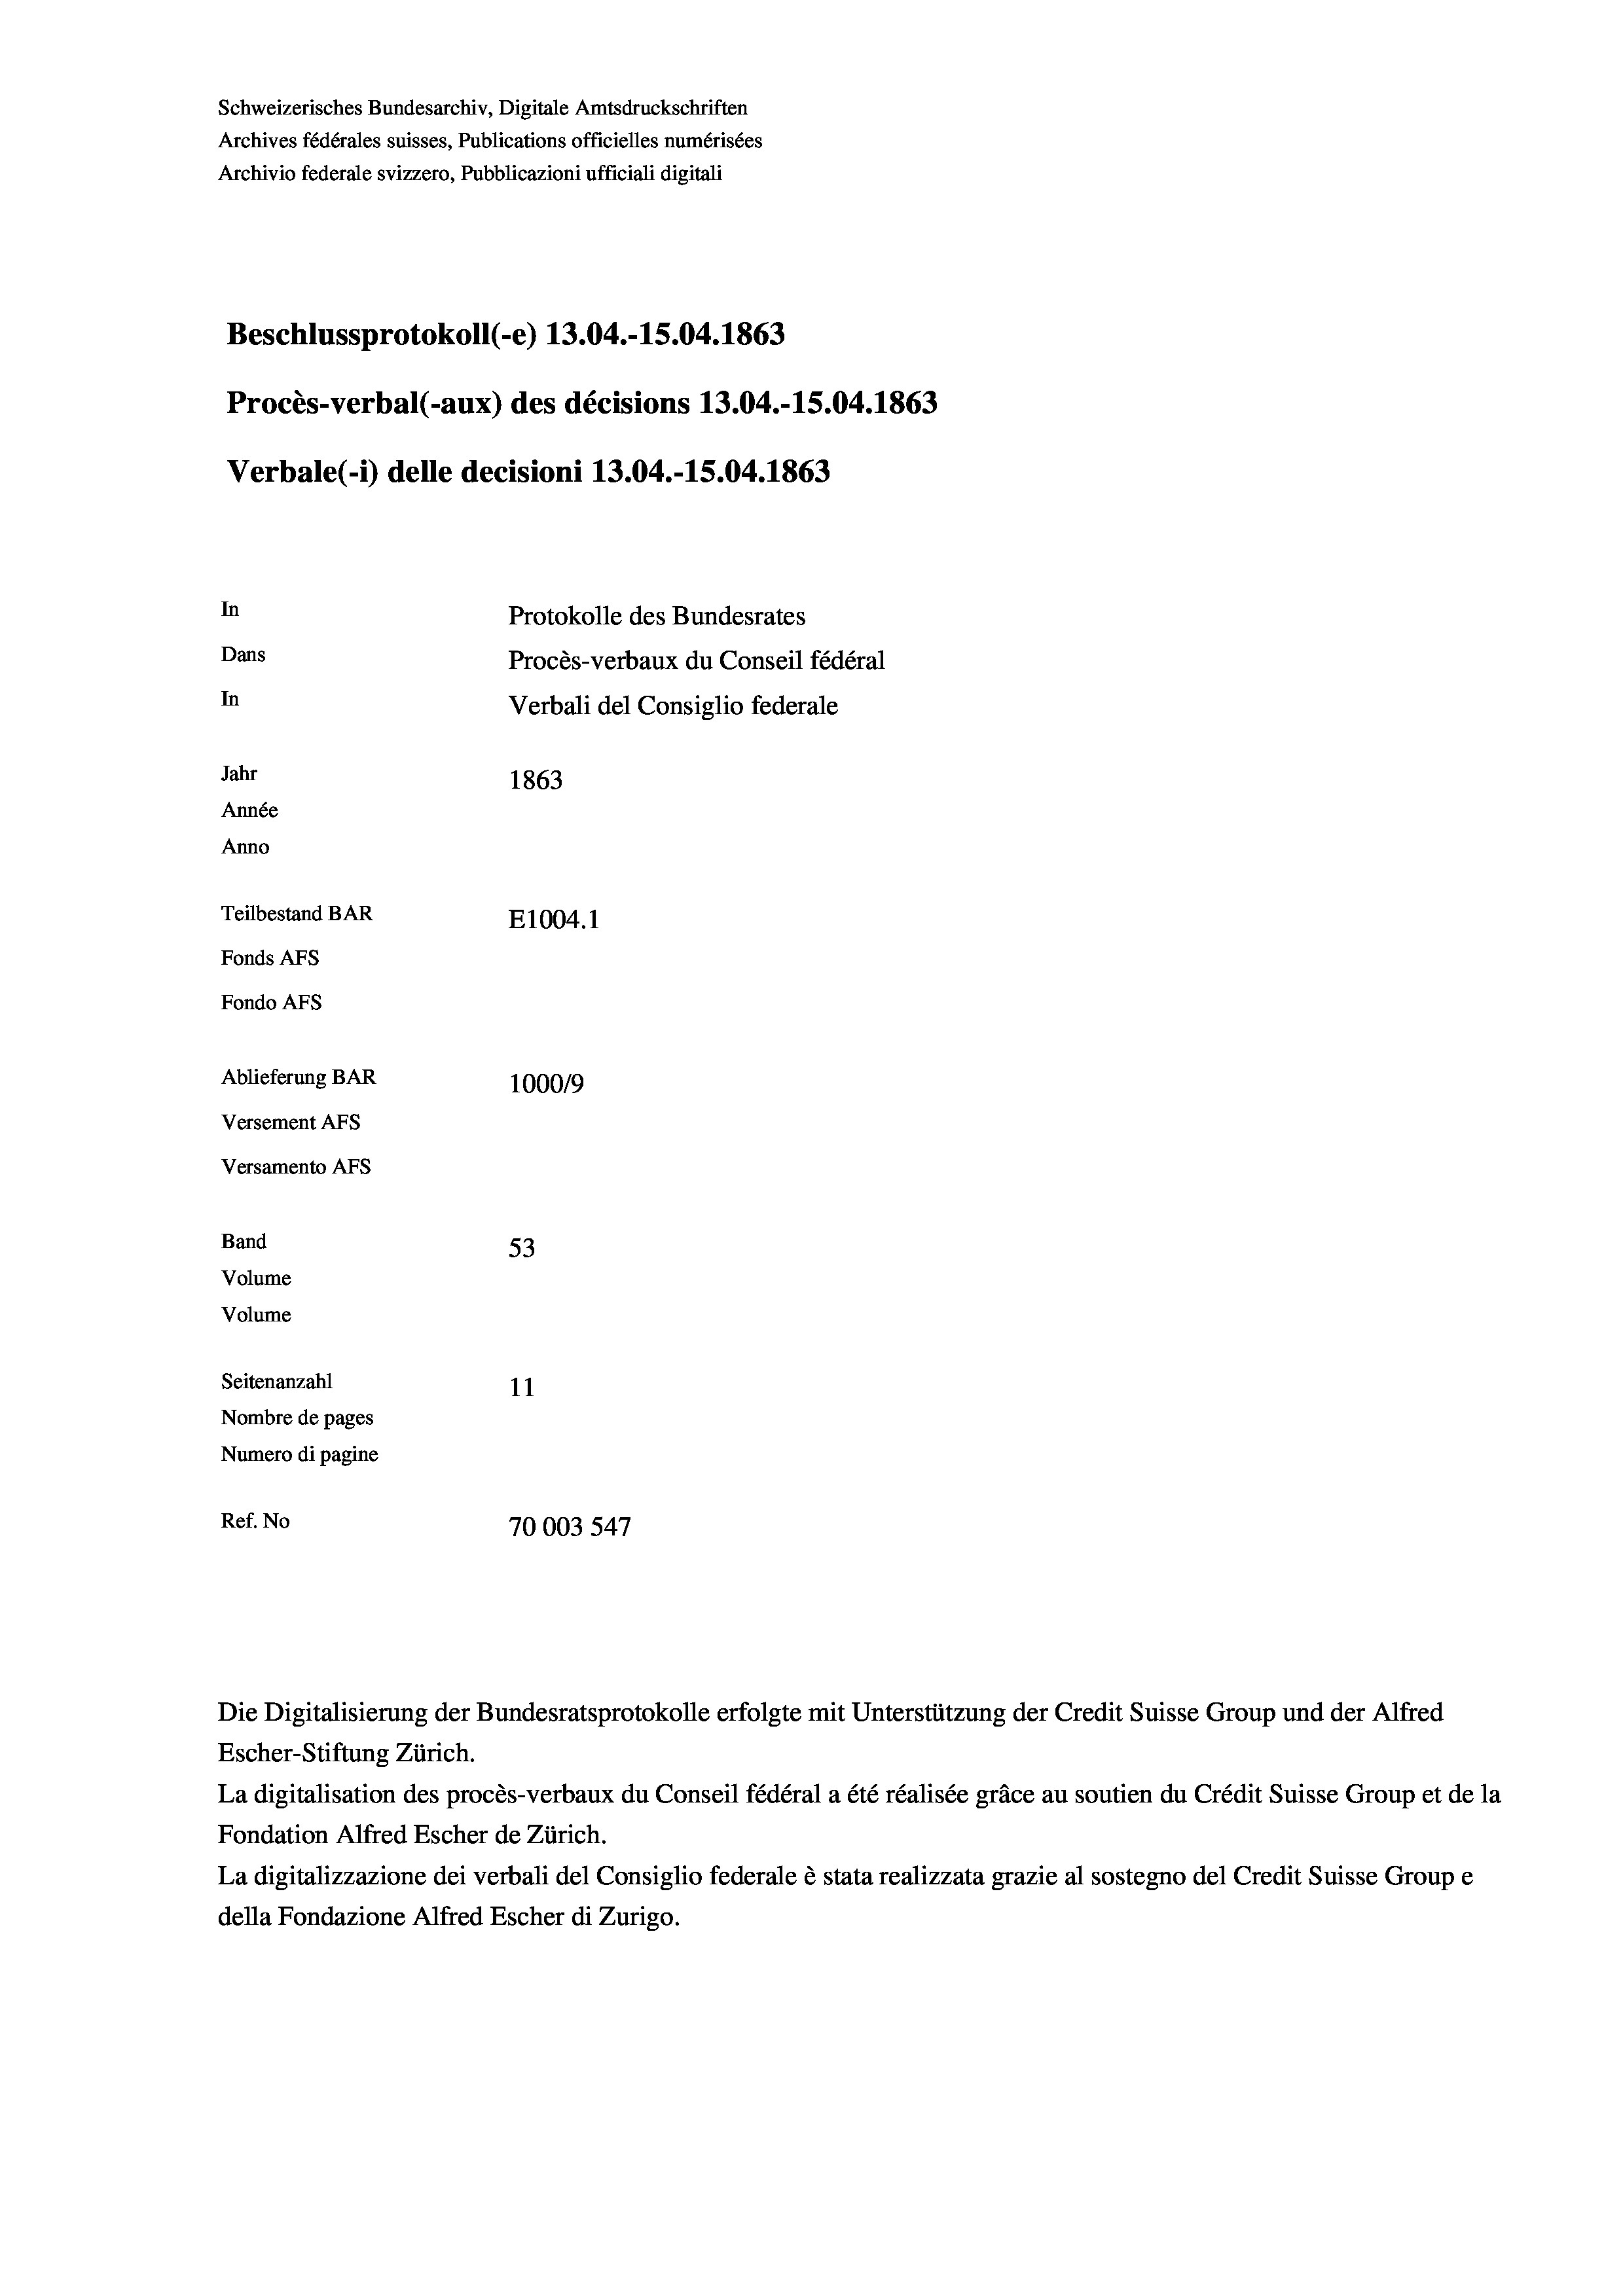
Schweizerisches Bundesarchiv, Digitale Amtsdruckschriften
Archives fédérales suisses, Publications officielles numérisées
Archivio federale svizzero, Pubblicazioni ufficiali digitali
Beschlussprotokoll (-e) 13.04.-15.04. 1863
Procès-verbal (-aux) des décisions 13.04.-15.04. 1863
Verbale (- 1) delle decisioni 13.04.-15.04. 1863
In
Protokolle des Bundesrates
Dans
Procès-verbaux du Conseil fédéral
In
Verbali del Consiglio federale
Jahr
1863
Année
Anno
Teilbestand BAR
E1004. 1
Fonds AFs
Fondo AFS
Ablieferung BAR
100019
Versement AFs
Versamento AFs
Band
53
Volume
Volume
Seitenanzahl
11

Nombre de pages
Numero di pagine
Ref. No
70003 547

Escher-Stiftung Zürich.
La digitalisation des procès-verbaux du Conseil fédéral a été réalisée gräce au soutien du Crédit Suisse Group et de la
Fondation Alfred Escher de Zürich.
La digitalizzazione dei verbali del Consiglio federale è stata realizzata grazie al sostegno del Credit Suisse Groupe
della Fondazione Alfred Escher di Zurigo.

Die Digitalisierung der Bundesratsprotokolle erfolgte mit Unterstützung der Credit Suisse Group und der Alfred